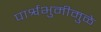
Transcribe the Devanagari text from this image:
पार्श्वभुमीमुळे